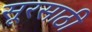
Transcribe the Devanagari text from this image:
सूरसाठी